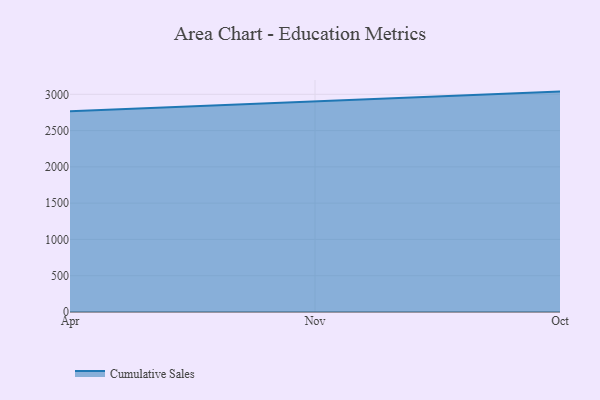
{"axis": {"x": "Month", "y": "Market Share (%)"}, "legend": ["Cumulative Sales"], "data": [{"x": "Apr", "y": 2765.8, "type": "Cumulative Sales"}, {"x": "Nov", "y": 2904.7, "type": "Cumulative Sales"}, {"x": "Oct", "y": 3037.2, "type": "Cumulative Sales"}]}